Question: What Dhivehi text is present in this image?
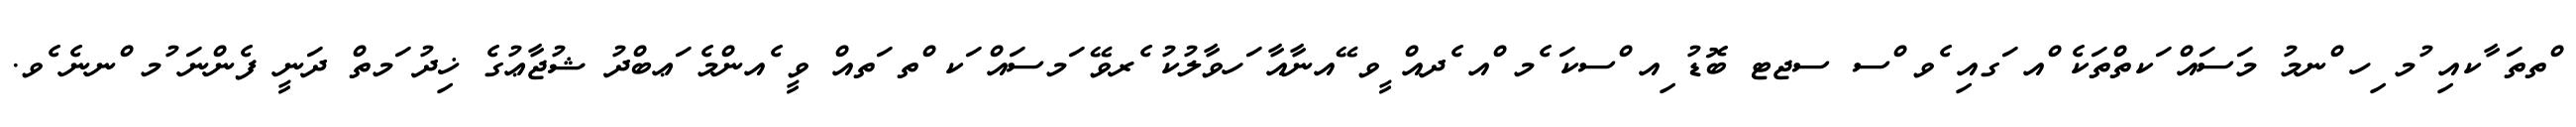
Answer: ްތތަ ާކއި ުމ ިހ ްނމު މަސައް ަކތްތަކެ ްއ ަގއި ެވ ްސ ސޖޓ ބޮޑު ިއ ްސކަ ެމ ްއ ެދއް ީވ ޭއނާއާ ަހވާލުކު ެރވޭ ަމސައް ަކ ްތ ަތއް ވީ ެއންމެ ަޢބްދު ޝުޖާޢުގެ ޚިދު ަމތް ދަނީ ފެންނަ ުމ ްނނެ ެވ.